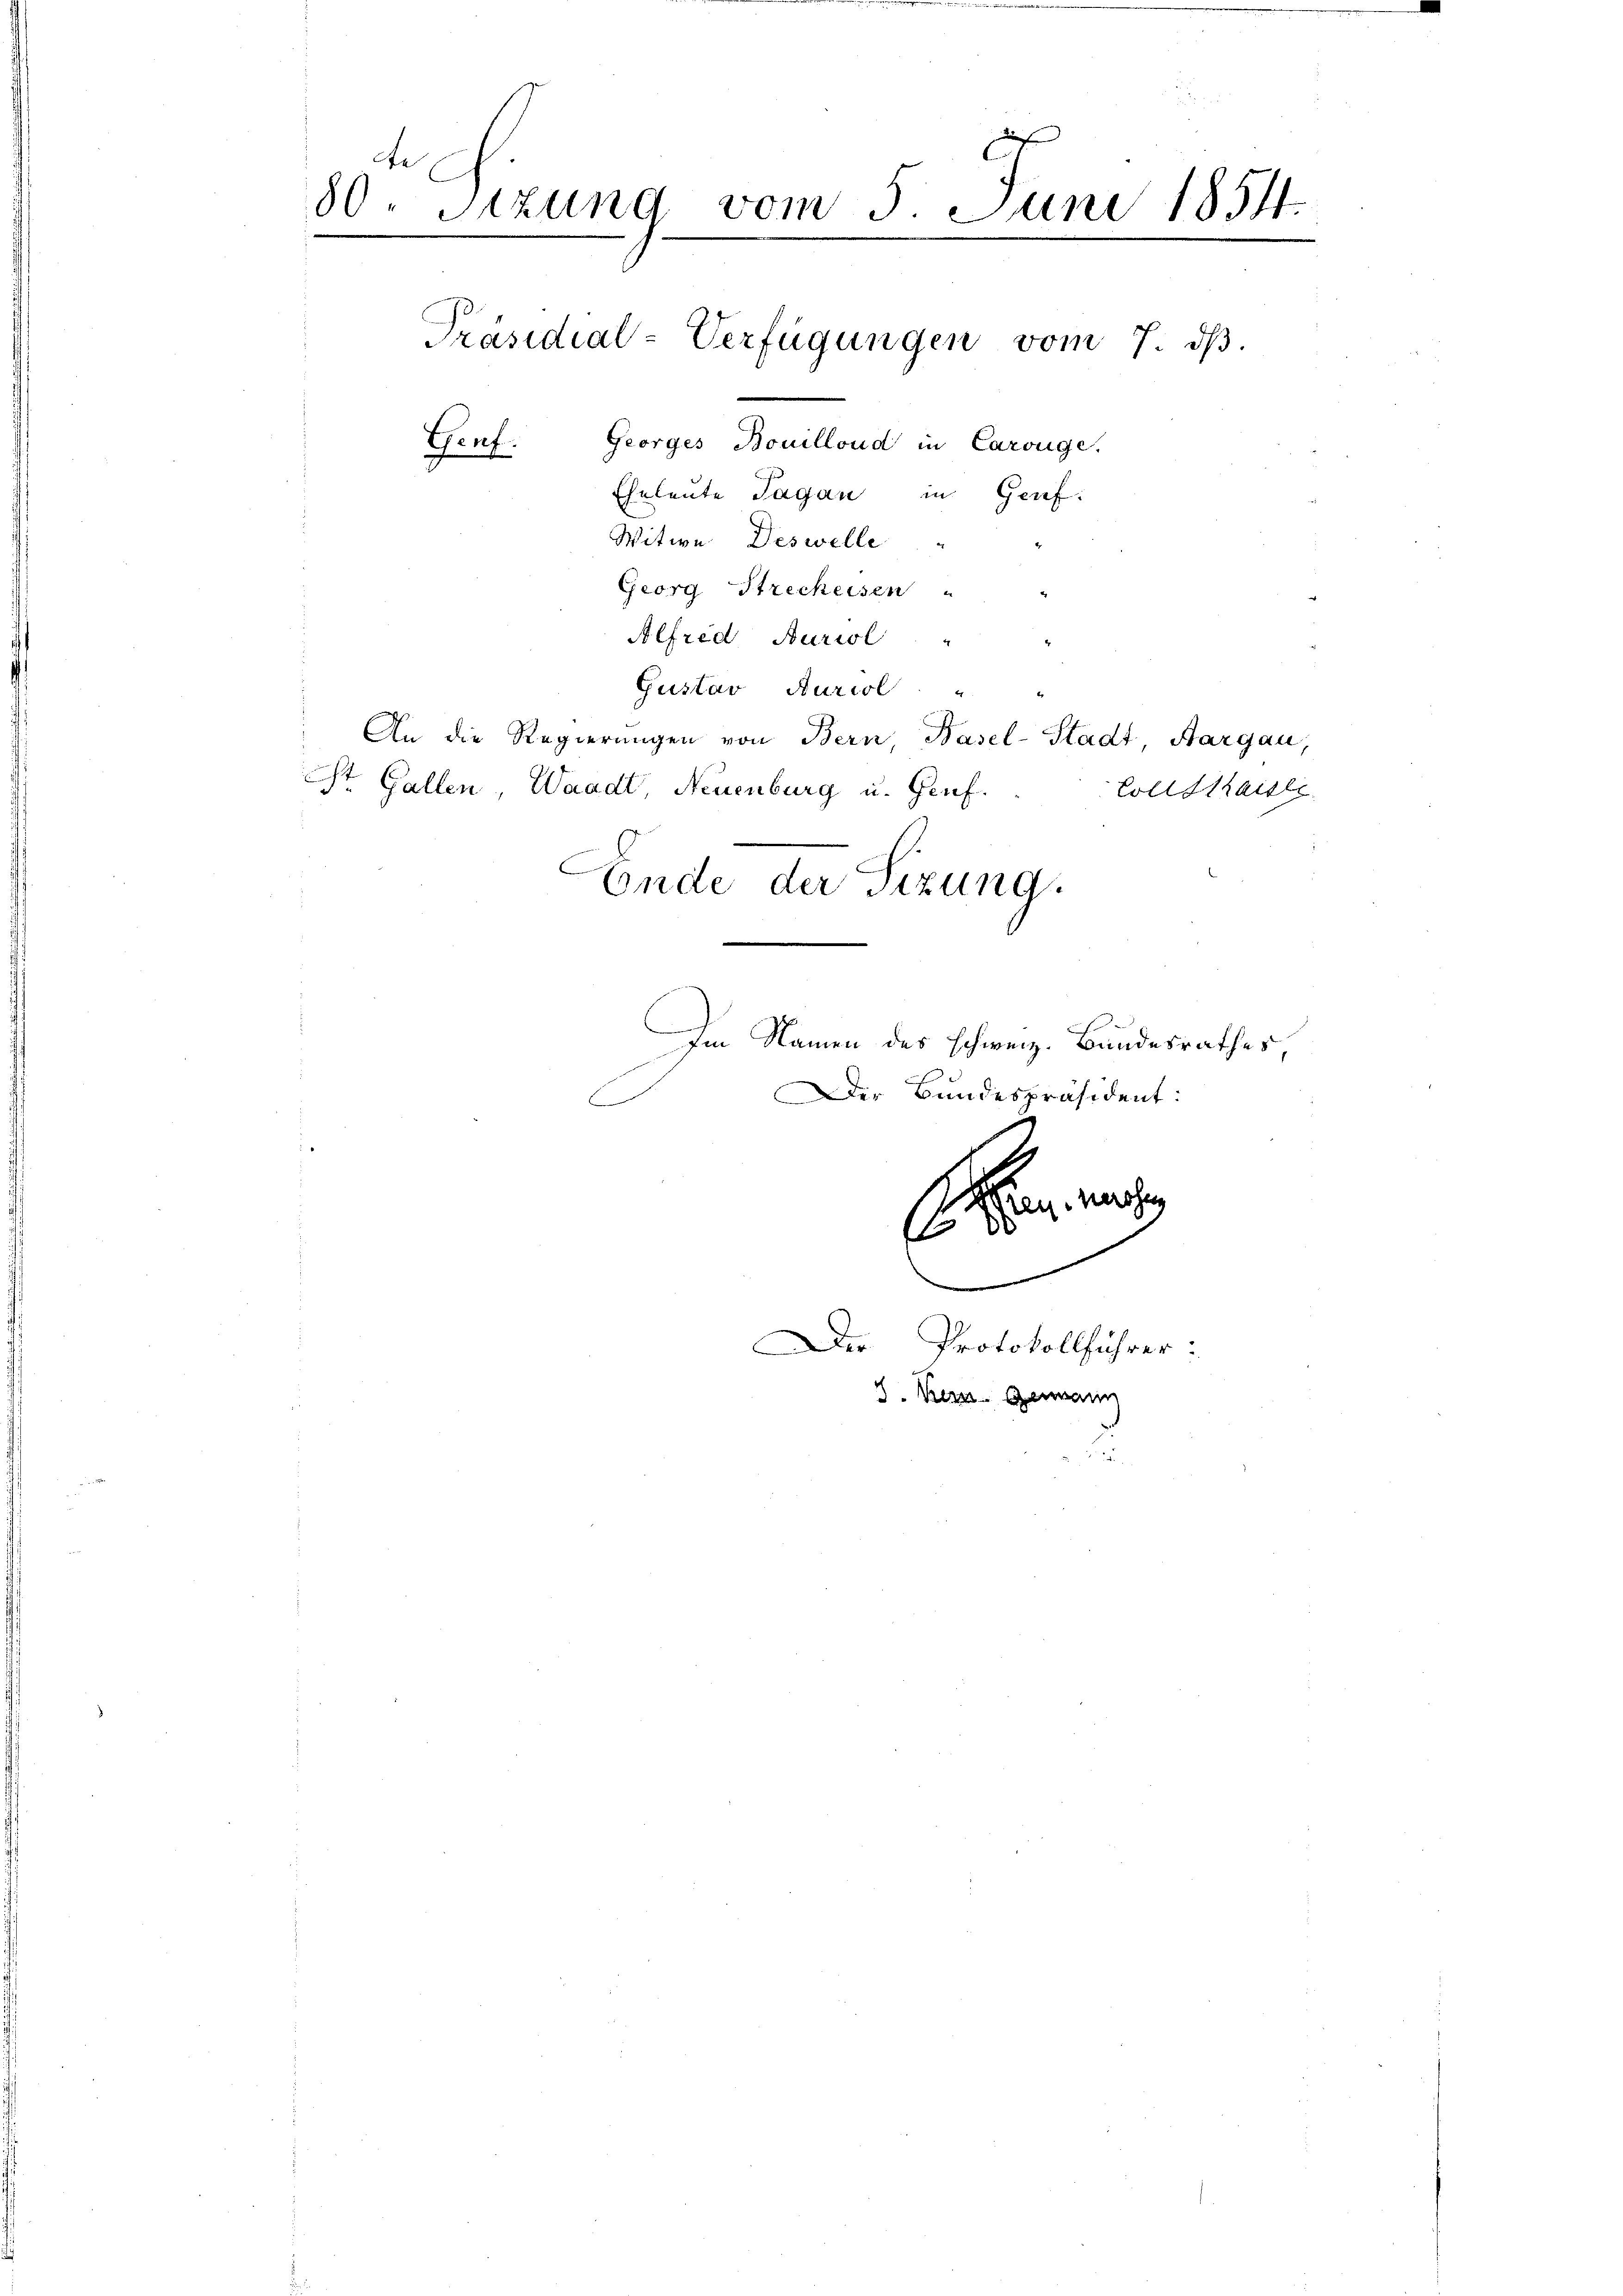
te
80. Sitzung vom 5. Juni 1854.
e
Präsidial-Verfügungen vom 7. ds.

Georges Bouilloud in Carouge.
Genf.
Eheleute Tagan in Genf.
Witwe Deswelle

Georg Streckeisen
Alfred Auriol "
Gustav Auriol "
An die Regierŭngen von Bern Basel-Stadt Aargau,
St. Gallen, Waadt, Neuenburg u. Genf.
C
Ende der Sizung.

s
.
eunerose
f
.
Der Protokollführer:
8. Bern. Genann

Im Namen des Schweiz. Bundesrathes,
Der Bundespräsident:

Coll Staisli